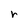
Character: r